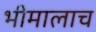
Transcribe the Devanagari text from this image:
भीमालाच